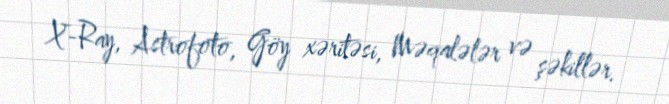
X-Ray, Astrofoto, Göy xəritəsi, Məqalələr və şəkillər.